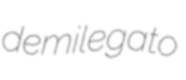
demilegato